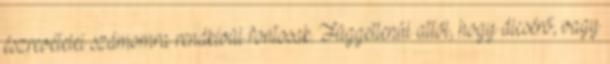
észrevételei számomra rendkívül fontosak. Függetlenül attól, hogy dicsérő, vagy